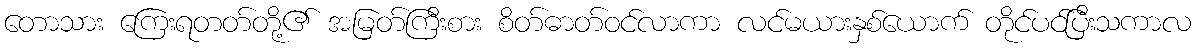
တောသား ကြေးရတတ်တို့၏ အမြတ်ကြီးစား စိတ်ဓာတ်ဝင်လာကာ လင်မယားနှစ်ယောက် တိုင်ပင်ပြီးသကာလ